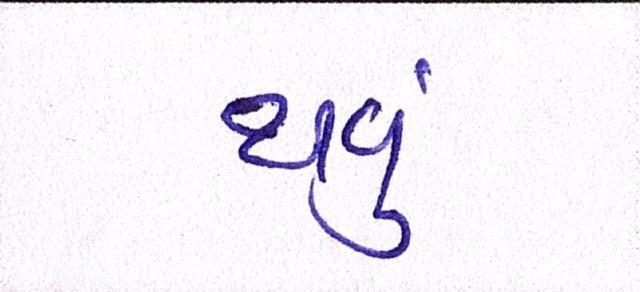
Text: થવૂં